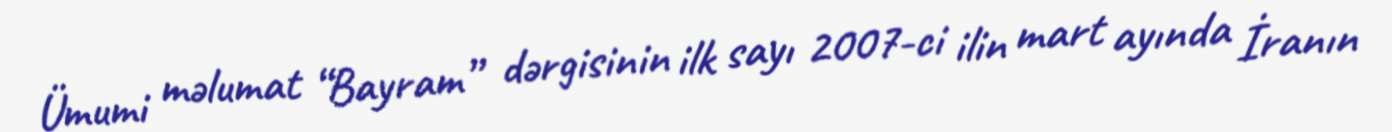
Ümumi məlumat “Bayram” dərgisinin ilk sayı 2007-ci ilin mart ayında İranın